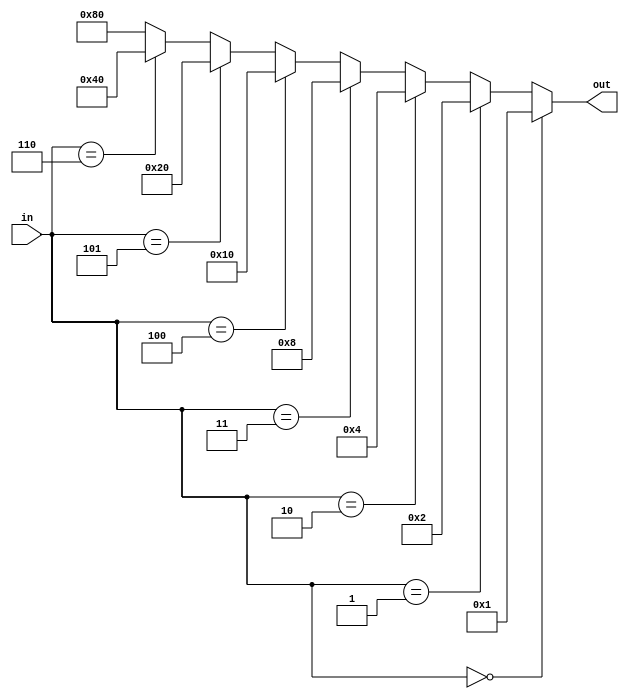
`timescale 1ns / 1ps
//////////////////////////////////////////////////////////////////////////////////
// Company: BIT
// 
// Design Name: 
// Module Name: Decoder
// Project Name: 
// Target Devices: 
// Tool Versions: 
// Description: 
// 
// Dependencies: 
// 
// Revision:
// Revision 0.01 - File Created
// Additional Comments:
// 
//////////////////////////////////////////////////////////////////////////////////


module decoder_3_8(
	input [2:0] in, 
	output [7:0] out
	);
	assign out = 	(in == 3'b000) ? 8'b00000001 : 
					(in == 3'b001) ? 8'b00000010 :
					(in == 3'b010) ? 8'b00000100 :
					(in == 3'b011) ? 8'b00001000 :
					(in == 3'b100) ? 8'b00010000 :
					(in == 3'b101) ? 8'b00100000 :
					(in == 3'b110) ? 8'b01000000 :
									 8'b10000000 ;
									 
endmodule

module decoder_6_64(
	input [5:0] in, 
	output [63:0] out
	);
	wire [7:0] subout;
	decoder_3_8  decoder0(
		.in (in[2:0]),
		.out (subout)
		);
	assign out = 	(in[5:3] == 3'b000) ? {56'b0,subout} : 
					(in[5:3] == 3'b001) ? {48'b0,subout,8'b0} :
					(in[5:3] == 3'b010) ? {40'b0,subout,16'b0}:
					(in[5:3] == 3'b011) ? {32'b0,subout,24'b0} :
					(in[5:3] == 3'b100) ? {24'b0,subout,32'b0} :
					(in[5:3] == 3'b101) ? {16'b0,subout,40'b0} :
					(in[5:3] == 3'b110) ? {8'b0,subout,48'b0} :
									 	  {subout,56'b0};
									 	  
endmodule

module decoder_5_32(
	input [4:0] in, 
	output [31:0] out
	);
	wire [7:0] subout;
	decoder_3_8  decoder0(
		.in (in[2:0]),
		.out (subout)
		);
	assign out = 	(in[4:3] == 2'b00) ? {24'b0,subout}: 
					(in[4:3] == 2'b01) ? {16'b0,subout,8'b0} :
					(in[4:3] == 2'b10) ? {8'b0,subout,16'b0}:
										 {subout,24'b0};
										 
endmodule